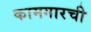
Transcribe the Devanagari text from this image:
कामगारची